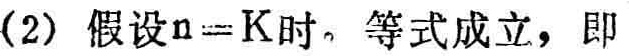
(2) 假设\(n = K\)时，等式成立，即